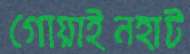
গোয়াইনহাট